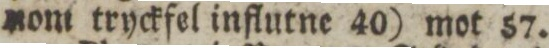
nom tryckfel influtne 40) mot 57.